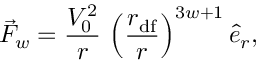
\vec { F } _ { w } = \frac { V _ { 0 } ^ { 2 } } { r } \, \left( \frac { r _ { \mathrm { { \scriptsize d f } } } } { r } \right) ^ { 3 w + 1 } \hat { e } _ { r } ,